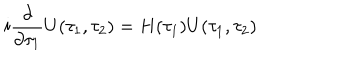
i \frac { \partial } { \partial \tau _ { 1 } } U ( \tau _ { 1 } , \tau _ { 2 } ) = H ( \tau _ { 1 } ) U ( \tau _ { 1 } , \tau _ { 2 } )